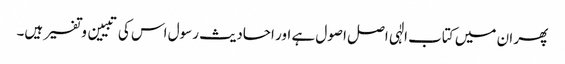
پھر ان میں کتاب الٰہی اصل اصول ہے اور احادیث رسول اس کی تبیین و تفسیر ہیں۔